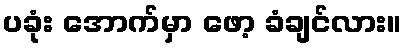
ပခုံး အောက်မှာ ဖော့ ခံချင်လား။